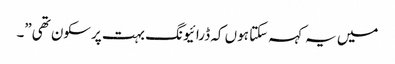
میں یہ کہہ سکتا ہوں کہ ڈرائیونگ بہت پرسکون تھی”۔